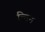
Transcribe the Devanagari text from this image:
न्तिन